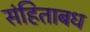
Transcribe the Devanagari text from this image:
संहिताबध